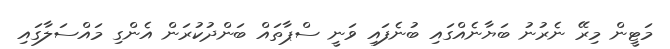
މަޓީން މިރޭ ނެރުނު ބަޔާނެއްގައި ބުނެފައި ވަނީ ސްޕާތައް ބަންދުކުރަން އެންގި މައްސަލާގައި